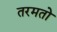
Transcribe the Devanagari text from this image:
तरमतो